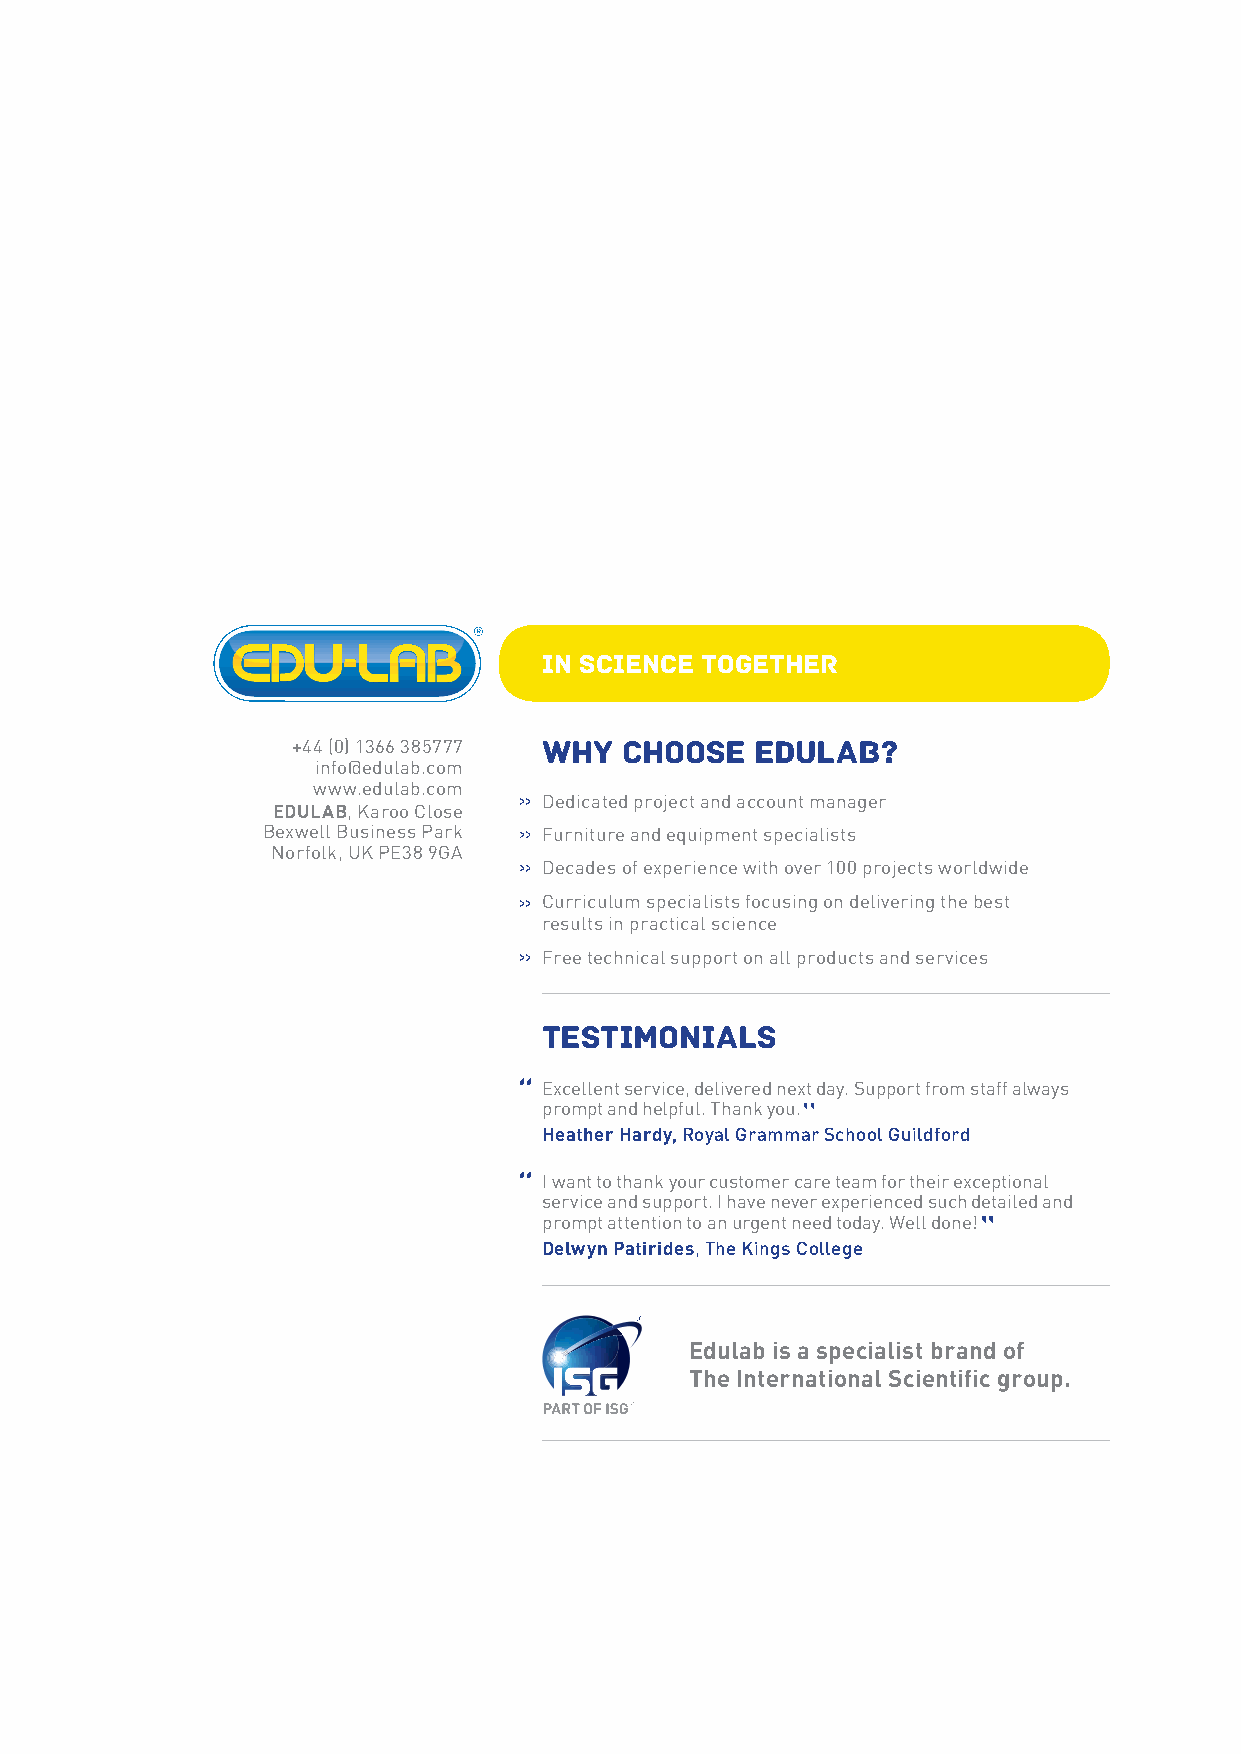
in science together
 +44 (0) 1366 385777 WHY CHOOSE EDULAB?
 info@edulab.com
 www.edulab.com
 Dedicated project and account manager
 EDULAB, Karoo Close
 Bexwell Business Park Furniture and equipment specialists
 Norfolk, UK PE38 9GA
 Decades of experience with over 100 projects worldwide
 Curriculum specialists focusing on delivering the best
 results in practical science
 Free technical support on all products and services
 TESTIMONIALS
 Excellent service, delivered next day. Support from staff always
 prompt and helpful. Thank you.
 Heather Hardy, Royal Grammar School Guildford
 I want to thank your customer care team for their exceptional
 service and support. I have never experienced such detailed and
 prompt attention to an urgent need today. Well done!
 Delwyn Patirides, The Kings College
 Edulab is a specialist brand of
 The International Scientific group.